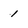
Character: l